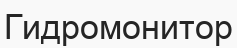
Гидромонитор